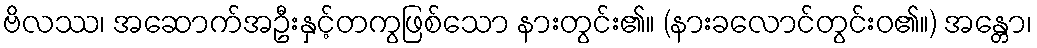
ဗိလဿ၊ အဆောက်အဦးနှင့်တကွဖြစ်သော နားတွင်း၏။ (နားခလောင်တွင်းဝ၏။) အန္တော၊